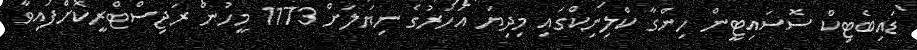
ޑައިބެޓިކް ސޮސައިޓީން ހިންގާ ކްލިނިކްގައި މިދިޔަ އަހަރުގެ ނިޔަލަށް 1173 މީހުން ރަޖިސްޓްރީކޮށްފައިވާ